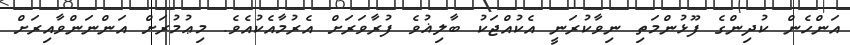
އަންހެން ކުދިންގެ ފޫޅުންމަތި ނިވާކުރަނީ އެކުއްޖަކު ބާލިޣުވެ ފުރާވަރަށް އެރުމާއެކުއެވެ. މިޢުމުރަށް އަންނަންވާއިރަށް